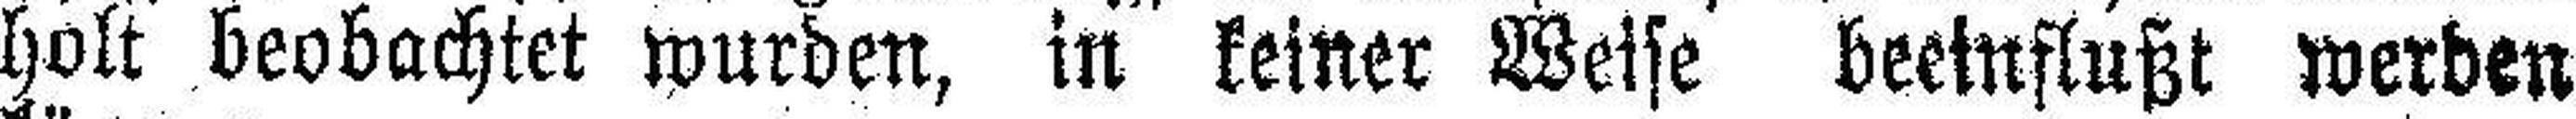
holt beobachtet wurden, in keiner Weise beeinflußt werden